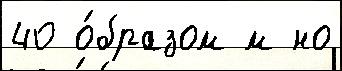
40 о́бразом м но